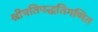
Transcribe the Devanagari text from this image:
श्रीपतिपद्धतिगणित